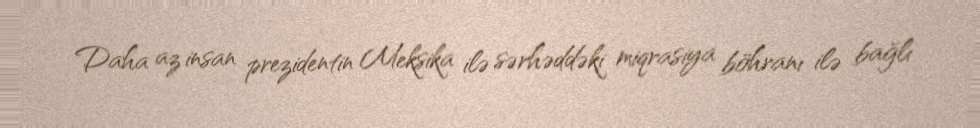
Daha az insan prezidentin Meksika ilə sərhəddəki miqrasiya böhranı ilə bağlı